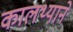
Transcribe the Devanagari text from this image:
कालथ्याने